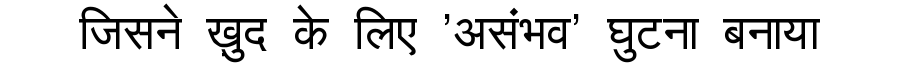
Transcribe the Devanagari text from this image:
जिसने ख़ुद के लिए 'असंभव' घुटना बनाया